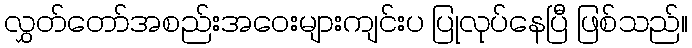
လွှတ်တော်အစည်းအဝေးများကျင်းပ ပြုလုပ်နေပြီ ဖြစ်သည်။